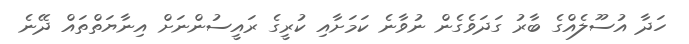
ހަދާ އުސޫލެއްގެ ބާރު ގަދަވެގެން ނުވާނެ ކަމަށާއި ކުރީގެ ރައީސުންނަށް އިނާޔަތްތައް ދޭނެ